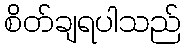
စိတ်ချရပါသည်